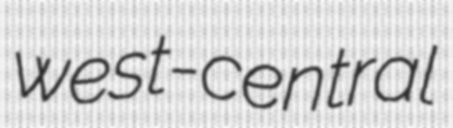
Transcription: west-central